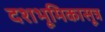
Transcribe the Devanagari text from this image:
दशभूमिकासूत्र